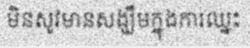
មិនសូវមានសង្ឃឹមក្នុងការឈ្នះ